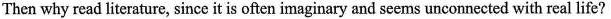
Then why read literature, since it is often imaginary and seems unconnected with real life?